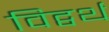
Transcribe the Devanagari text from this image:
विट्वर्थ